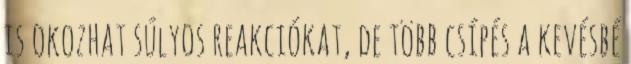
is okozhat súlyos reakciókat, de több csípés a kevésbé